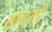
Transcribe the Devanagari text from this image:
बादमी